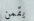
يقمن